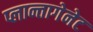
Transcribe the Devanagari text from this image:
प्लान्तागेनेट